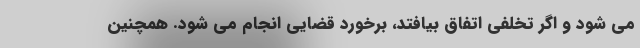
می شود و اگر تخلفی اتفاق بیافتد، برخورد قضایی انجام می شود. همچنین